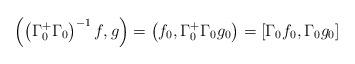
LaTeX: \begin{align*}\left( \left( \Gamma_{0}^{+}\Gamma_{0} \right)^{-1}f,g \right)=\left( f_{0},\Gamma_{0}^{+}\Gamma_{0}g_{0} \right)=\left[ \Gamma_{0}f_{0},\Gamma _{0}g_{0} \right]\end{align*}